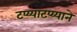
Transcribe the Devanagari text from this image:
टप्य्याटप्य्याने